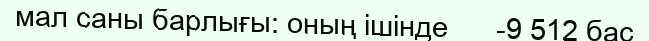
мал саны барлығы: оның ішінде      -9 512 бас